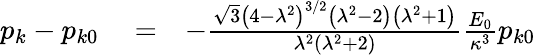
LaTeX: \begin{array}{rlr}{p_{k}-p_{k0}}&{{}=}&{-\frac{\sqrt{3}\left(4-\lambda^{2}\right)^{3/2}\left(\lambda^{2}-2\right)\left(\lambda^{2}+1\right)}{\lambda^{2}\left(\lambda^{2}+2\right)}\frac{E_{0}}{\kappa^{3}}p_{k0}}\end{array}